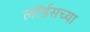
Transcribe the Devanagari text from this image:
लॉर्डसच्या